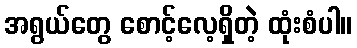
အရွယ်တွေ စောင့်လေ့ရှိတဲ့ ထုံးစံပါ။